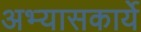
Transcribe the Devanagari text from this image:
अभ्यासकार्ये